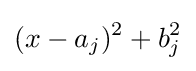
(x-a_{j})^{2}+b_{j}^{2}